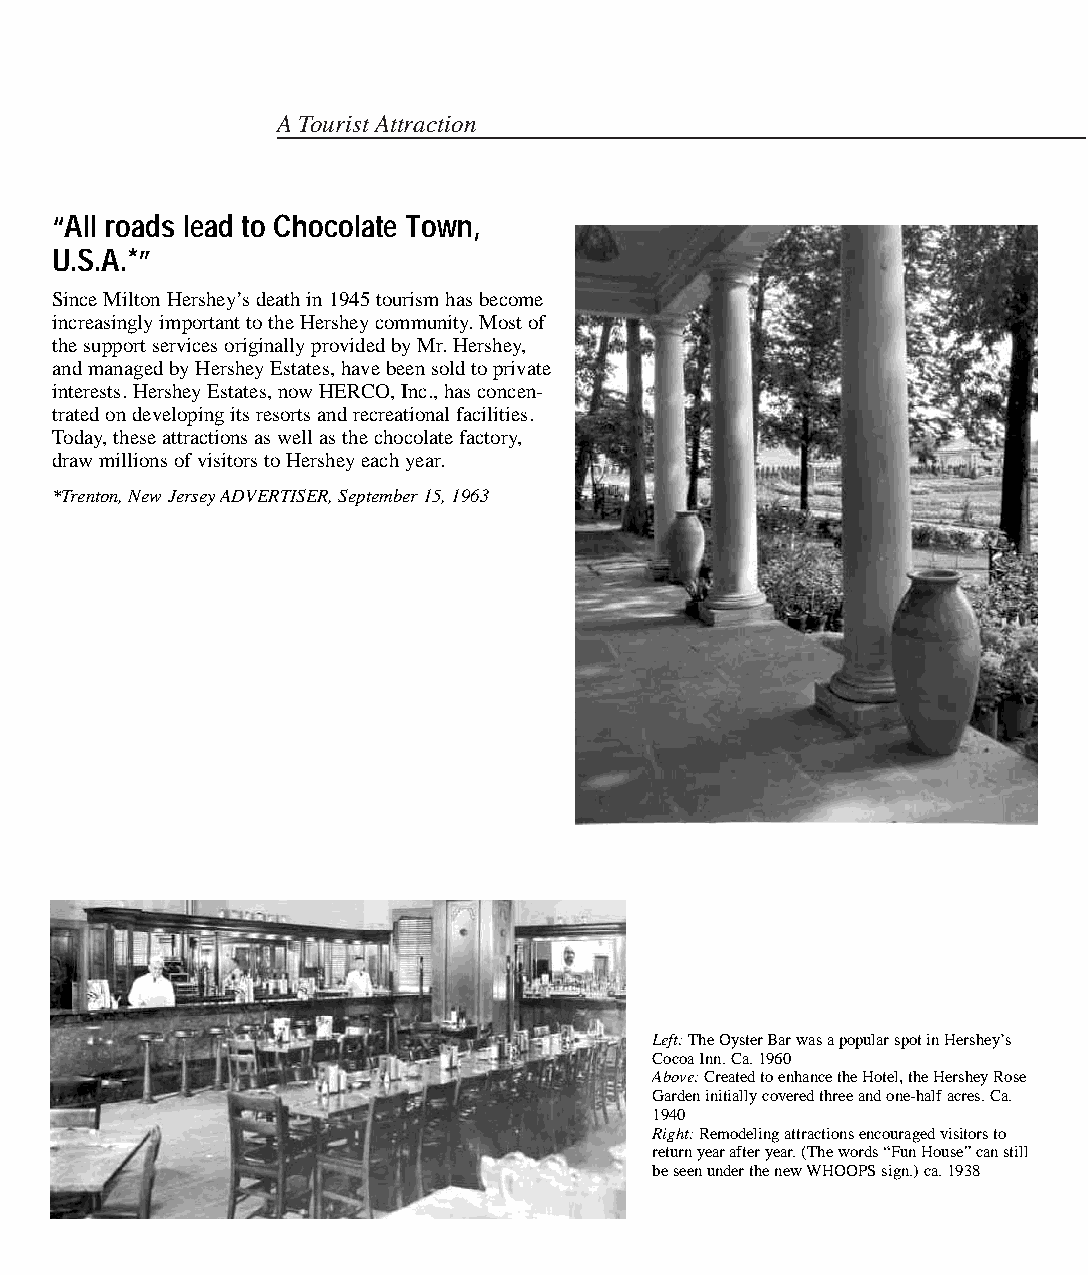
A Tourist Attraction
 “All roads lead to Chocolate Town,
 U.S.A.*”
 Since Milton Hershey’s death in 1945 tourism has become
 increasingly important to the Hershey community. Most of
 the support services originally provided by Mr. Hershey,
 and managed by Hershey Estates, have been sold to private
 interests. Hershey Estates, now HERCO, Inc., has concen-
 trated on developing its resorts and recreational facilities.
 Today, these attractions as well as the chocolate factory,
 draw millions of visitors to Hershey each year.
 *Trenton, New Jersey ADVERTISER, September 15, 1963
 Left:The Oyster Bar was a popular spot in Hershey’s
 Cocoa Inn. Ca. 1960
 Above:Created to enhance the Hotel, the Hershey Rose
 Garden initially covered three and one-half acres. Ca.
 1940
 Right:Remodeling attractions encouraged visitors to
 return year after year. (The words “Fun House” can still
 be seen under the new WHOOPS sign.) ca. 1938